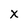
Character: X